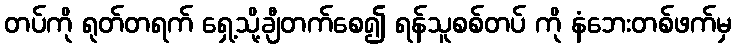
တပ်ကို ရုတ်တရက် ရှေ့သို့ချီတက်စေ၍ ရန်သူစစ်တပ် ကို နံဘေးတစ်ဖက်မှ